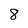
Character: 8